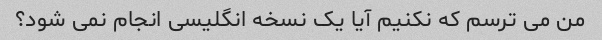
من می ترسم که نکنیم آیا یک نسخه انگلیسی انجام نمی شود؟